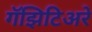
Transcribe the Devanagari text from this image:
गॅझिटिअरे